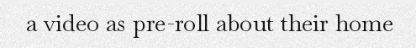
a video as pre-roll about their home